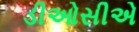
ડીઓસીએ